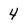
Character: 4